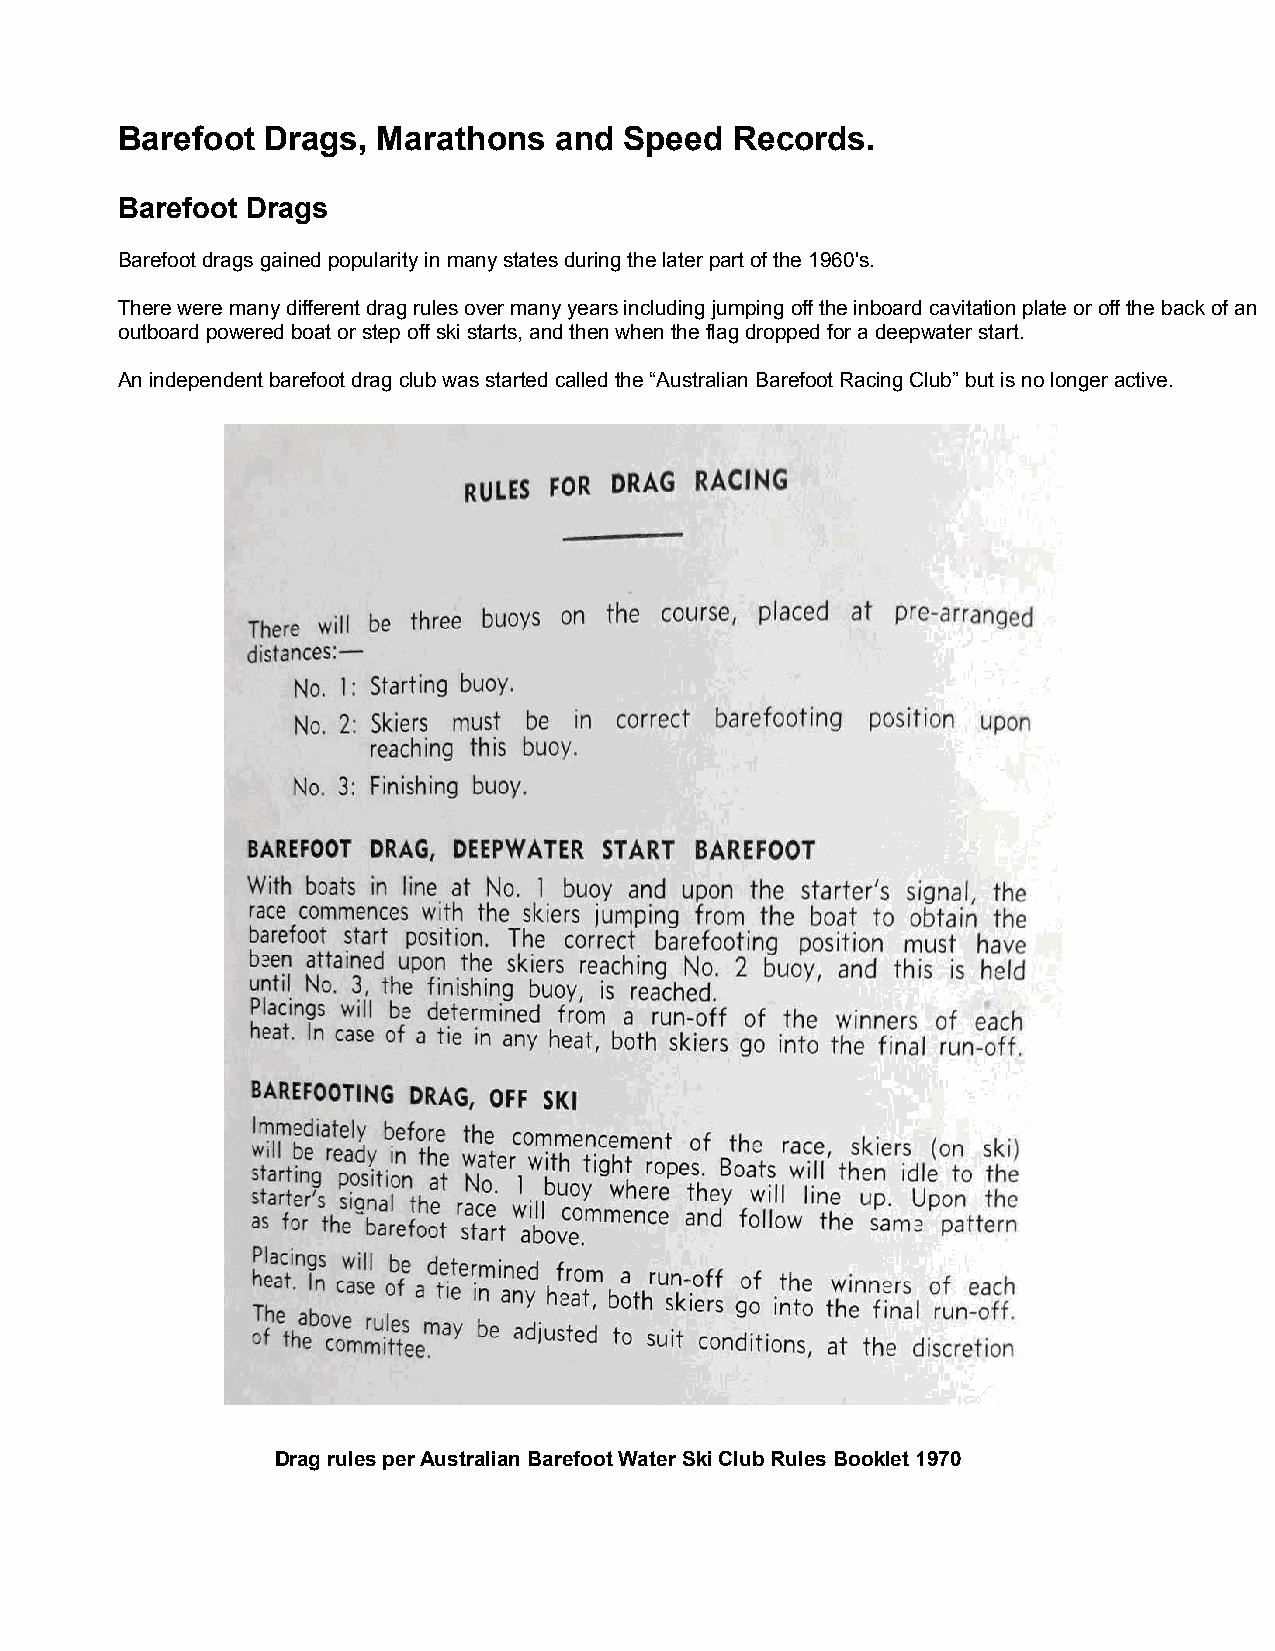
Barefoot  Drags, Marathons   and Speed   Records.
 Barefoot Drags
 Barefoot drags gained popularity in many states during the later part of the 1960's.
 There were many different drag rules over many years including jumping off the inboard cavitation plate or off the back of an
 outboard powered boat or step off ski starts, and then when the flag dropped for a deepwater start.
 An independent barefoot drag club was started called the “Australian Barefoot Racing Club” but is no longer active.
 Drag rules per Australian Barefoot Water Ski Club Rules Booklet 1970